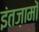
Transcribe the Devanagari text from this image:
इंतज़ामों